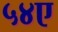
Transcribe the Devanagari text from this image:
५४ए